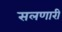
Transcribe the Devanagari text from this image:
सलणारी